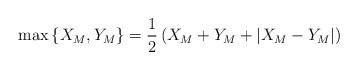
LaTeX: \begin{align*}\max \left\{ {{X_M},{Y_M}} \right\} = \frac{1}{2}\left( {{X_M} + {Y_M} + \left| {{X_M} - {Y_M}} \right|} \right)\end{align*}